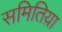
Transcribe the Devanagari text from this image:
समितिय़ा